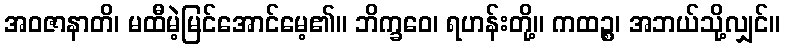
အဝဇာနာတိ၊ မထီမဲ့မြင်အောင်မေ့၏။ ဘိက္ခဝေ၊ ရဟန်းတို့။ ကထဉ္စ၊ အဘယ်သို့လျှင်။